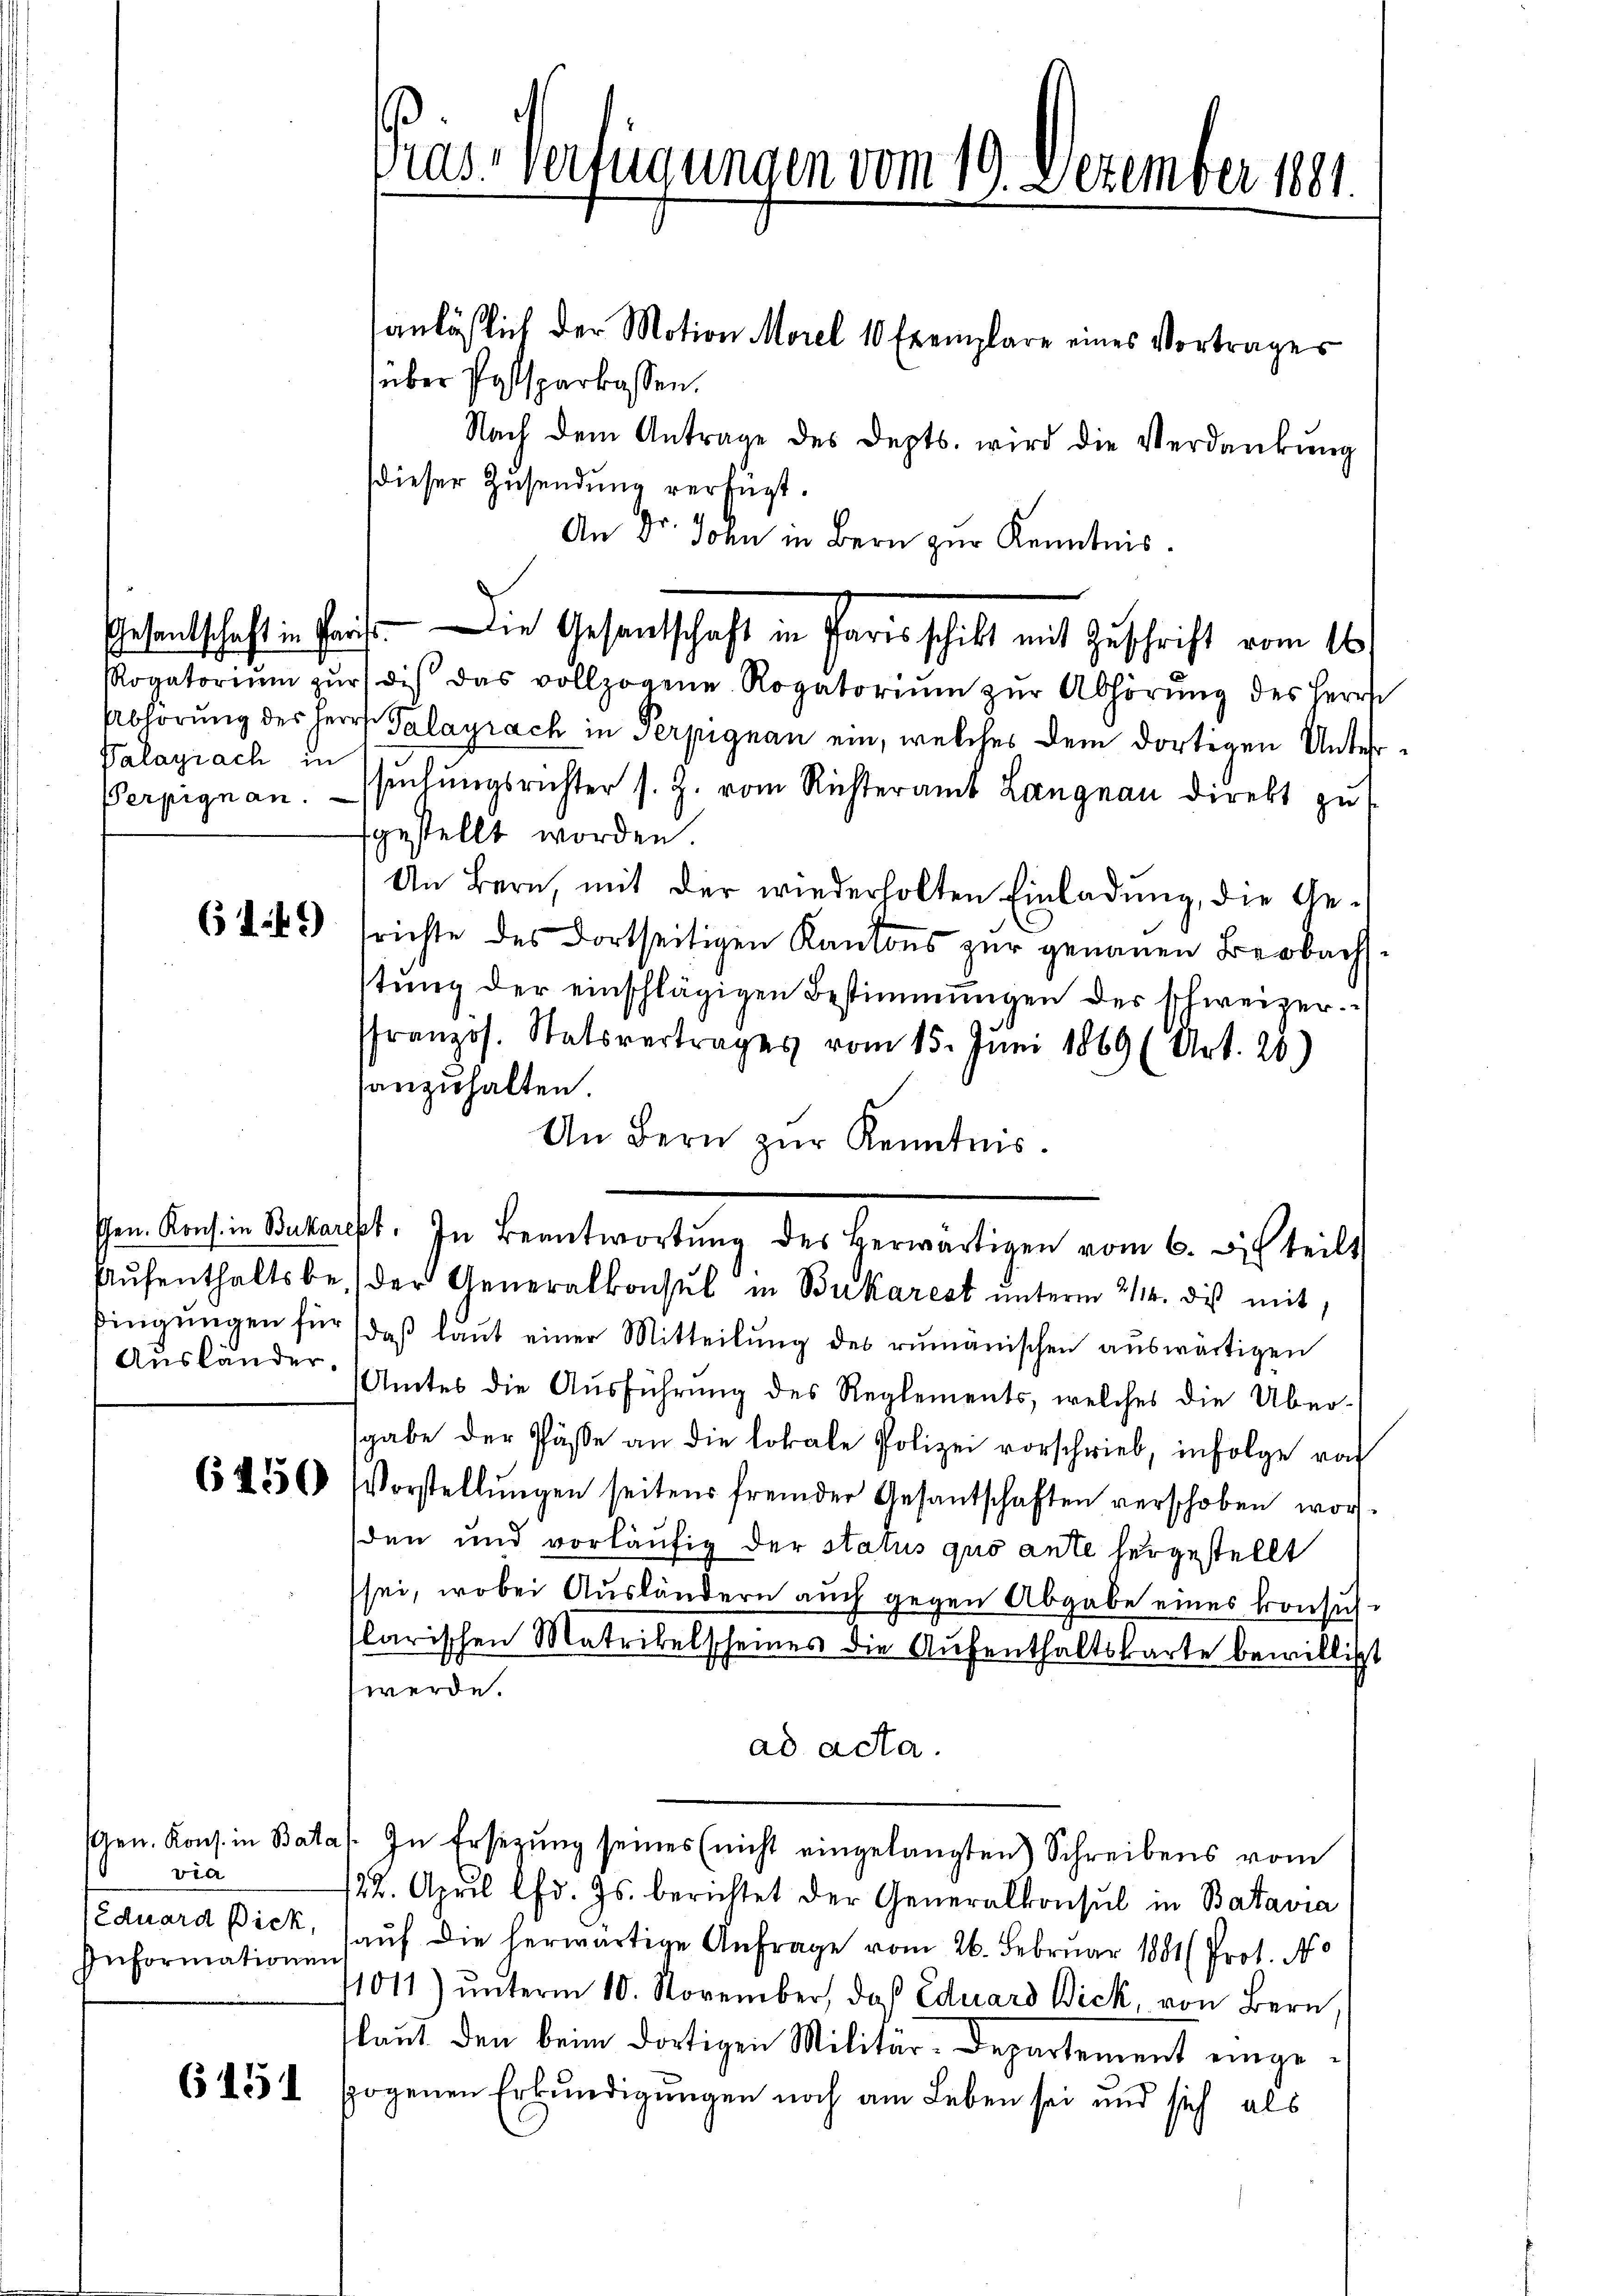
Valagiach in

Ausländer.

via
Eduard Dick,
Informationen

6151

Pras-Verfügungen vom 19. Dezember 1881.

anläßlich der Motion Morel 10 Exemplare eines Vortrages
über Postsparkassen.
Nach dem Antrage des Depts. wird die Verdankung
dieser Zusendung verfügt.
An Dr. John in Bern zur Kenntnis.
Rogatoriŭm zŭr die das vollzogene Rogatoriŭm zŭr Abhörŭng des Herrn
Abhörung des Herrn Palayrach in Serpignan ein, welches dem dortigen Unter¬
Perpignan. Istŭngsrichter s. Z. vom Richteramt Langnau direkt zŭt
fgestellt worden.
An Bern, mit der wiederholten Einladung, die Ge¬
6165) srichte des dortseitigen Kantons zur genauen Beobachstŭng der einschlägigen Bestimmungen der schweizer
ffranzos. Statsvertrages vom 15. Juni 1869 (Art. 20.)
anzuhalten.
An Bern zŭr Kenntnis.
Aŭfenthaltsbe, der Generalkonsul in Bukarest ŭnterm 2114. des mit
ßingŭngen für daβ laŭt einer Mitteilŭng des rumänischen aŭswärtigen
Amtes die Ausführung des Reglements, welches die Übersgabe der Pässe an die lokale Polizei vorschrieb, infolge roh
6436 Vorstellŭngen seitens fremder Gesantschaften verschoben wor
den und vorläufig der status quo ante hergestellt
sei, wobei Ausländern auch gegen Abgabe eines konsullarischen Matrikelscheines die Aufenthaltskarte bewilligt
werde.
ad acta.
Gen. Kons. in Bata. In Ersetzung seines (nicht eingelangten Schreibens vom
/22. April lfd. Js. berichtet der Generalkonsul in Batavia
auf die herwärtige Anfrage vom 26. Februar 1881 (Prot. No
1011) ŭnterm 10. November, daß Eduard Dick, von Bern.
laŭt den beim dortigen Militär-Departement eingespogenen Erkundigungen noch am Leben sei und sich als

Gesandtschaft in Haus. Die Gesandschaft in Paris schilt mit Zuschrift vom 16.

Gen. Kons. in Bukarest. In Beantwortŭng des herwärtigen vom 6. di teilt